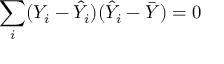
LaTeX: \sum _ { i } ( Y _ { i } - { \hat { Y } } _ { i } ) ( { \hat { Y } } _ { i } - { \bar { Y } } ) = 0